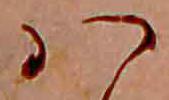
ハ